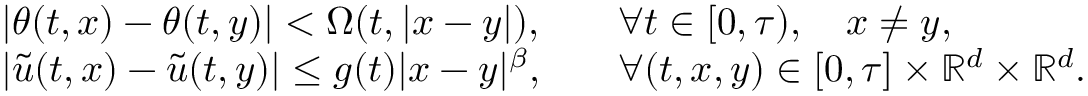
\begin{array} { r l r l } & { | \theta ( t , x ) - \theta ( t , y ) | < \Omega ( t , | x - y | ) , } & & { \forall t \in [ 0 , \tau ) , \quad x \neq y , } \\ & { | \widetilde u ( t , x ) - \widetilde u ( t , y ) | \leq g ( t ) | x - y | ^ { \beta } , } & & { \forall ( t , x , y ) \in [ 0 , \tau ] \times \mathbb { R } ^ { d } \times \mathbb { R } ^ { d } . } \end{array}